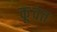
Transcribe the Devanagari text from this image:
कू़वत